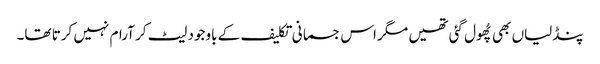
پنڈلیاں بھی پُھول گئی تھیں مگر اس جسمانی تکلیف کے باوجود لیٹ کر آرام نہیں کرتا تھا۔